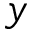
y